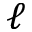
\ell